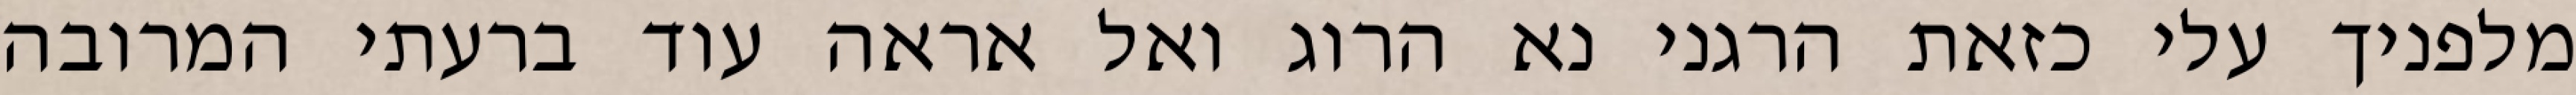
מלפניך עלי כזאת הרגני נא הרוג ואל אראה עוד ברעתי המרובה